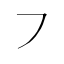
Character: ㇇